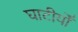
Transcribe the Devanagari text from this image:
घाटीयोँ